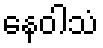
နေဝါသံ